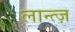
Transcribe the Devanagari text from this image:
लान्त्ज़